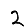
Digit: 2